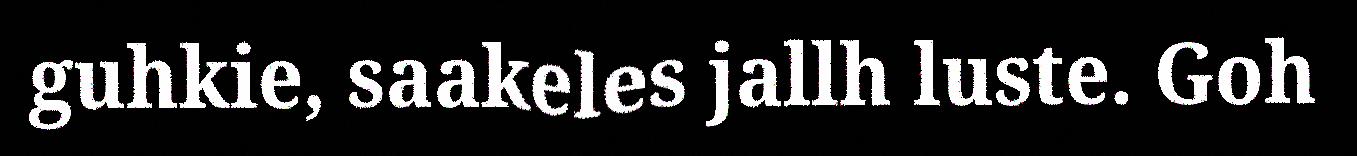
guhkie, saakeles jallh luste. Goh